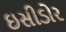
ઇસીડોર